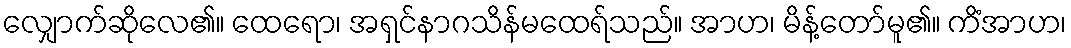
လျှောက်ဆိုလေ၏။ ထေရော၊ အရှင်နာဂသိန်မထေရ်သည်။ အာဟ၊ မိန့်တော်မူ၏။ ကိံအာဟ၊